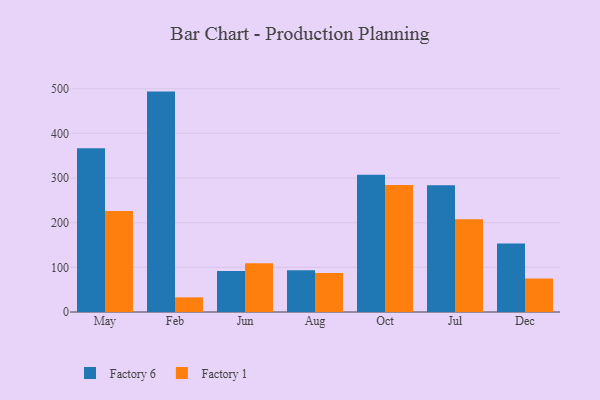
{"axis": {"x": "Month", "y": "Website Visitors"}, "legend": ["Factory 1", "Factory 6"], "data": [{"x": "May", "y": 366.9, "type": "Factory 6"}, {"x": "May", "y": 226.2, "type": "Factory 1"}, {"x": "Feb", "y": 493.6, "type": "Factory 6"}, {"x": "Feb", "y": 32.8, "type": "Factory 1"}, {"x": "Jun", "y": 91.7, "type": "Factory 6"}, {"x": "Jun", "y": 109.3, "type": "Factory 1"}, {"x": "Aug", "y": 93.4, "type": "Factory 6"}, {"x": "Aug", "y": 87.4, "type": "Factory 1"}, {"x": "Oct", "y": 307.6, "type": "Factory 6"}, {"x": "Oct", "y": 284.6, "type": "Factory 1"}, {"x": "Jul", "y": 284.1, "type": "Factory 6"}, {"x": "Jul", "y": 207.6, "type": "Factory 1"}, {"x": "Dec", "y": 153.3, "type": "Factory 6"}, {"x": "Dec", "y": 75.0, "type": "Factory 1"}]}